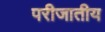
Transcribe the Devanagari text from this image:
परीजातीय